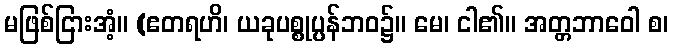
မဖြစ်ငြားအံ့။ (ဧတရဟိ၊ ယခုပစ္စုပ္ပန်ဘဝ၌။ မေ၊ ငါ၏။ အတ္တဘာဝေါ စ၊